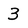
Character: 3